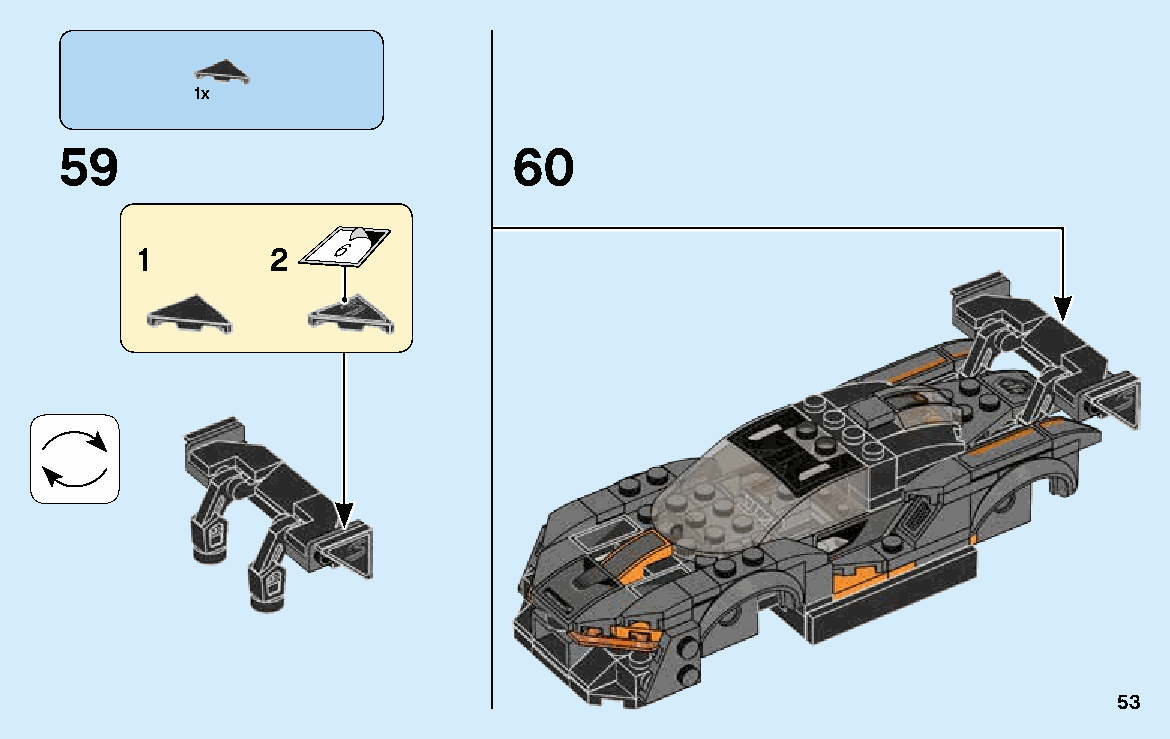
1x
 59                            60
 1        2   6
 53